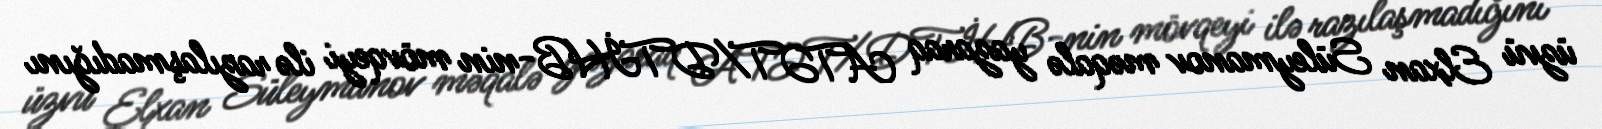
üzvü Elxan Süleymanov məqalə yazaraq ATƏT/DTİHB-nin mövqeyi ilə razılaşmadığını